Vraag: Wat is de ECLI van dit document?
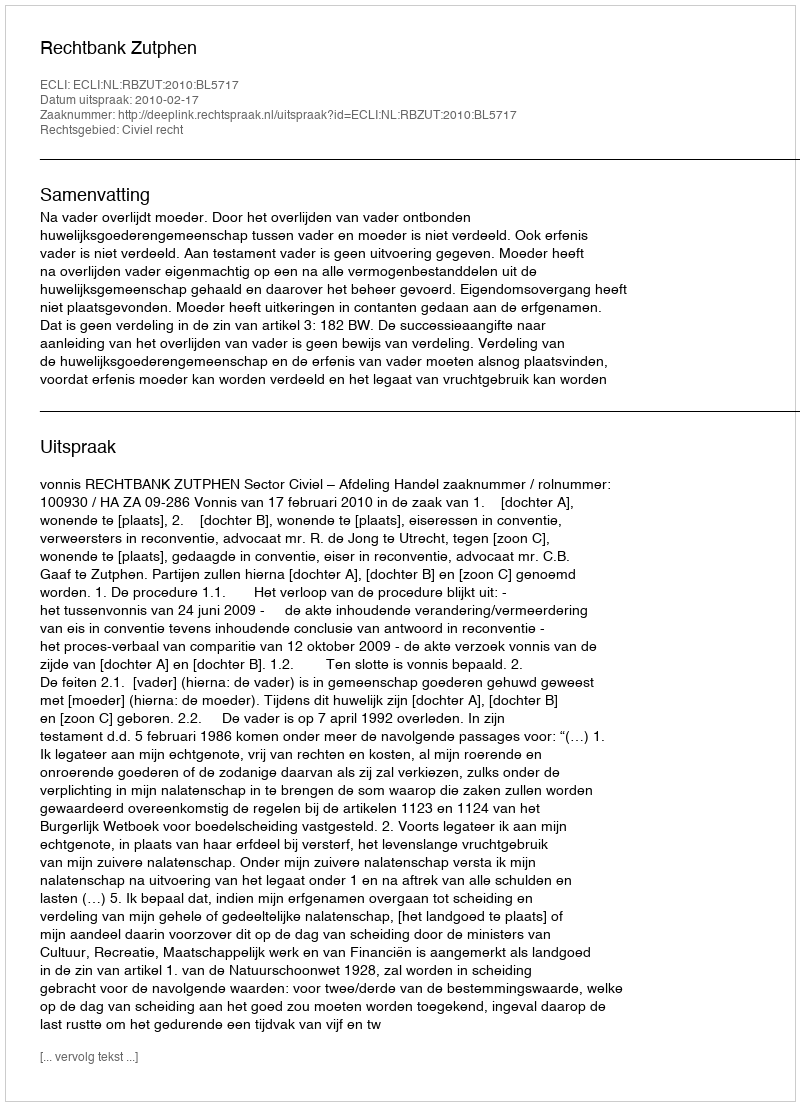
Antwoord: ECLI:NL:RBZUT:2010:BL5717